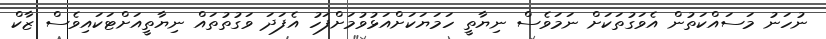
ނުހަނު މަސައްކަތުން އެވަގުތަކަށް ނަމަވެސް ނިޔާތީ ހަމަޔަކަށްއަޅުވުމަށްފަހު އެފަދަ ވަގުތުތައް ނިޔާތީއަށްޓަކައިވެސް ޒާކް